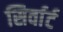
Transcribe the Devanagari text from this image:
सिर्वार्ट